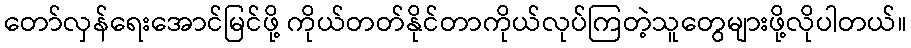
တော်လှန်ရေးအောင်မြင်ဖို့ ကိုယ်တတ်နိုင်တာကိုယ်လုပ်ကြတဲ့သူတွေများဖို့လိုပါတယ်။